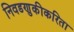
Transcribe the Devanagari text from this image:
निवडणुकीकरिता